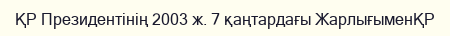
ҚР Президентінің 2003 ж. 7 қаңтардағы ЖарлығыменҚР